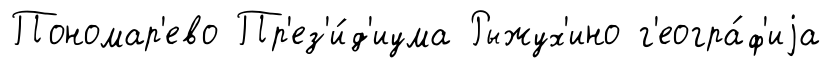
Пономар'ево Пр'ез'и́д'иума Рыжух'ино г'еогра́ф'иjа